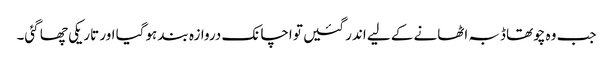
جب وہ چوتھا ڈبہ اٹھانے کے لیے اندر گئیں تو اچانک دروازہ بند ہوگیا اور تاریکی چھا گئی۔